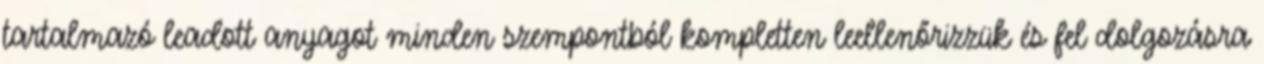
tartalmazó leadott anyagot minden szempontból kompletten leellenőrizzük és fel¬dolgozásra